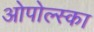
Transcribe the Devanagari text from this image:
ओपोल्स्का